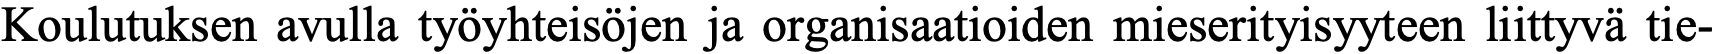
Koulutuksen avulla työyhteisöjen ja organisaatioiden mieserityisyyteen liittyvä tie-